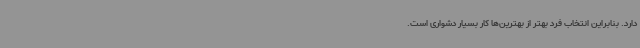
دارد. بنابراین انتخاب فرد بهتر از بهترین‌ها کار بسیار دشواری است.